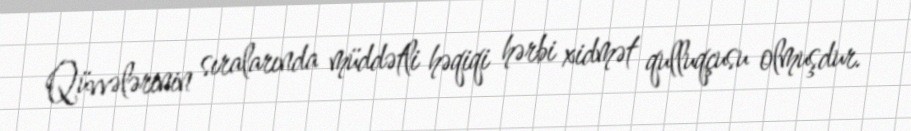
Qüvvələrinin sıralarında müddətli həqiqi hərbi xidmət qulluqçusu olmuşdur.